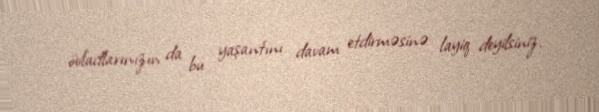
övladlarınızın da bu yaşantını davam etdirməsinə layiq deyilsiniz.